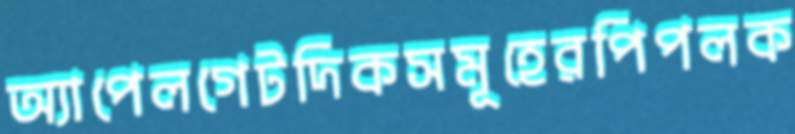
অ্যাপেলগেটদিকসমূহেরপিপলক